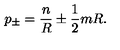
p _ { \pm } = \displaystyle \frac { n } { R } \pm \displaystyle \frac { 1 } { 2 } m R .